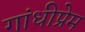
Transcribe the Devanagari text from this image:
गांधीप्रेम